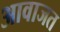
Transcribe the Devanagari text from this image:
आवाजत